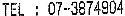
TEL : 07-3874904